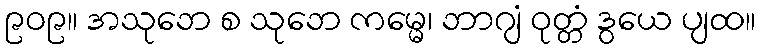
၉၀၉။ အသုဘေ စ သုဘေ ကမ္မေ၊ ဘာဂျံ ဝုတ္တံ ဒွယေ ပျထ။